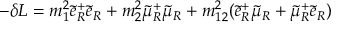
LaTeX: - \delta { L } = m _ { 1 } ^ { 2 } \tilde { e } _ { R } ^ { + } \tilde { e } _ { R } + m _ { 2 } ^ { 2 } \tilde { \mu } _ { R } ^ { + } \tilde { \mu } _ { R } + m _ { 1 2 } ^ { 2 } ( \tilde { e } _ { R } ^ { + } \tilde { \mu } _ { R } + \tilde { \mu } _ { R } ^ { + } \tilde { e } _ { R } )